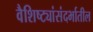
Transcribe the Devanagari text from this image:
वैशिष्ट्यांसंदर्भातील